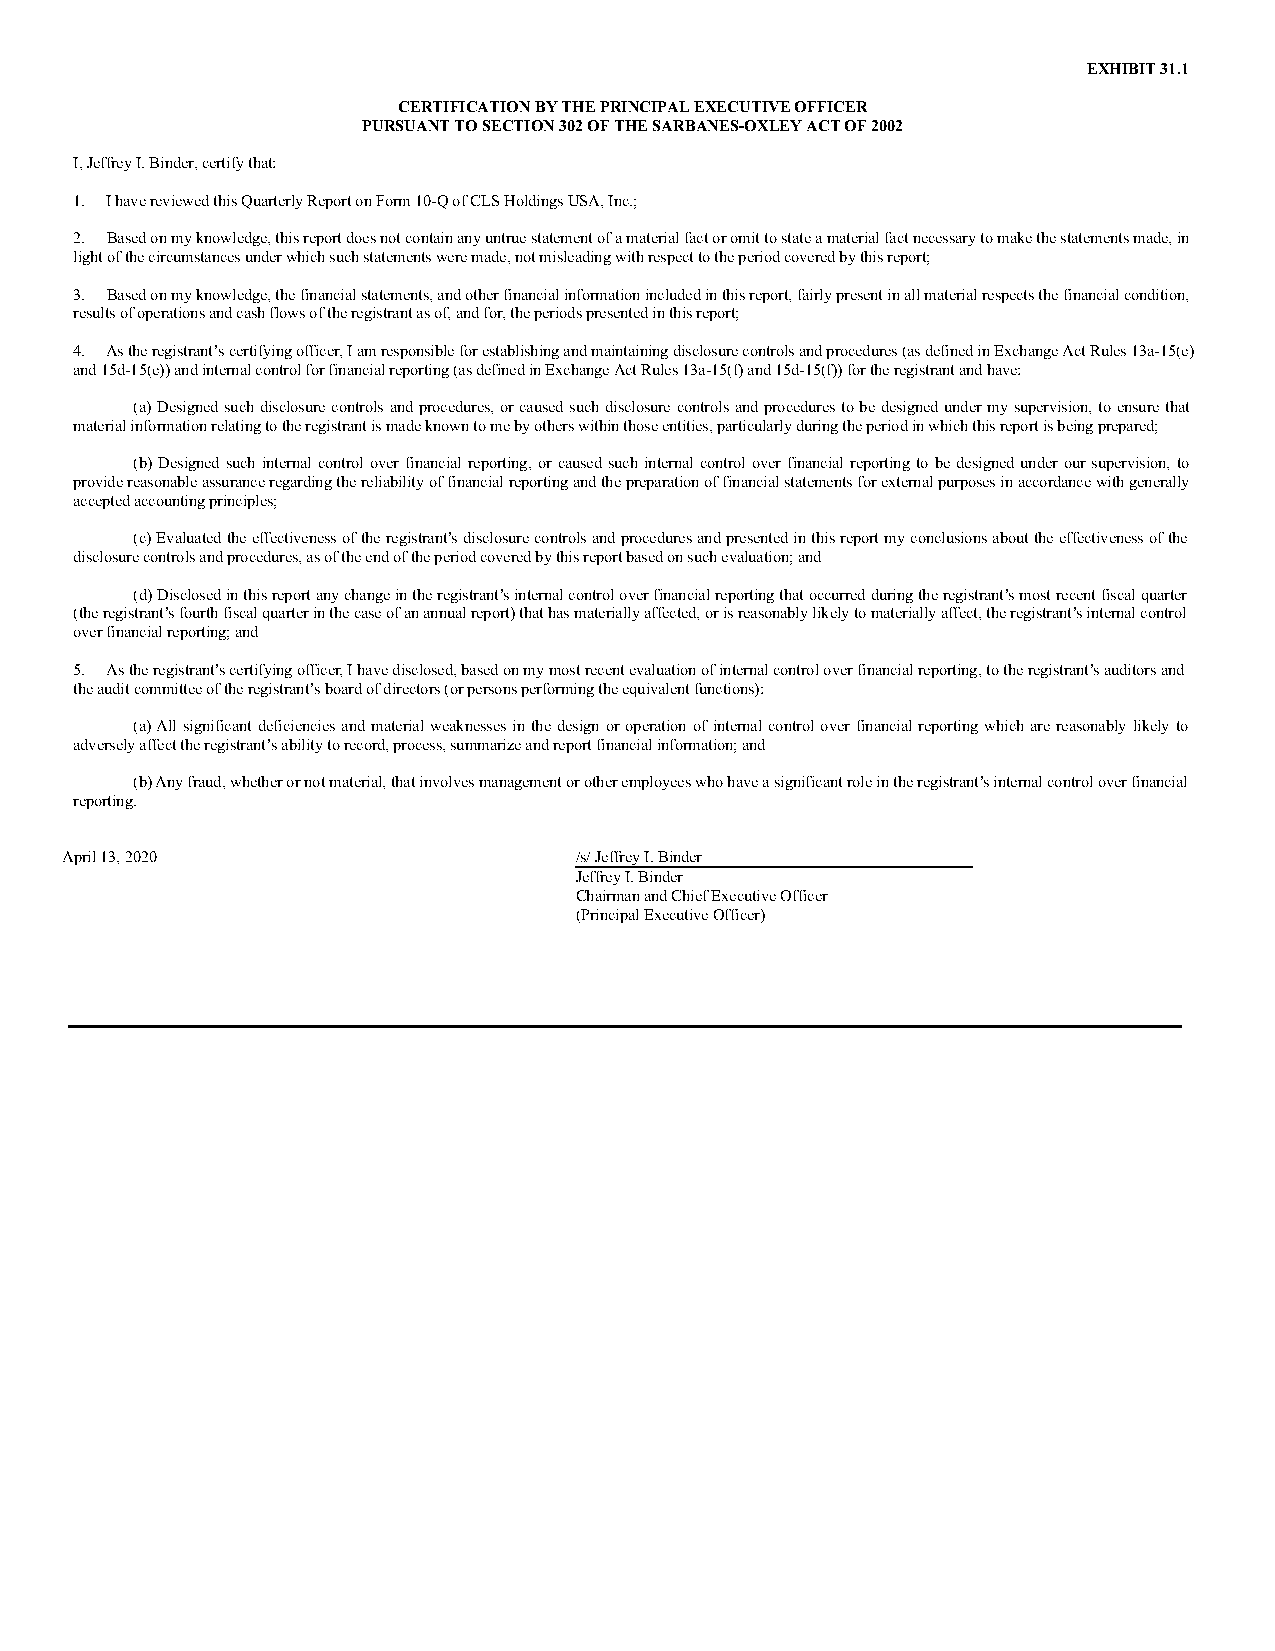
EXHIBIT 31.1
 CERTIFICATION BY THE PRINCIPAL EXECUTIVE OFFICER
 PURSUANT TO SECTION 302 OF THE SARBANES-OXLEY ACT OF 2002
 I, Jeffrey I. Binder, certify that:
 1. I have reviewed this Quarterly Report on Form 10-Q of CLS Holdings USA, Inc.;
 2. Based on my knowledge, this report does not contain any untrue statement of a material fact or omit to state a material fact necessary to make the statements made, in
 light of the circumstances under which such statements were made, not misleading with respect to the period covered by this report;
 3. Based on my knowledge, the financial statements, and other financial information included in this report, fairly present in all material respects the financial condition,
 results of operations and cash flows of the registrant as of, and for, the periods presented in this report;
 4. As the registrant’s certifying officer, I am responsible for establishing and maintaining disclosure controls and procedures (as defined in Exchange Act Rules 13a-15(e)
 and 15d-15(e)) and internal control for financial reporting (as defined in Exchange Act Rules 13a-15(f) and 15d-15(f)) for the registrant and have:
 (a) Designed such disclosure controls and procedures, or caused such disclosure controls and procedures to be designed under my supervision, to ensure that
 material information relating to the registrant is made known to me by others within those entities, particularly during the period in which this report is being prepared;
 (b) Designed such internal control over financial reporting, or caused such internal control over financial reporting to be designed under our supervision, to
 provide reasonable assurance regarding the reliability of financial reporting and the preparation of financial statements for external purposes in accordance with generally
 accepted accounting principles;
 (c) Evaluated the effectiveness of the registrant’s disclosure controls and procedures and presented in this report my conclusions about the effectiveness of the
 disclosure controls and procedures, as of the end of the period covered by this report based on such evaluation; and
 (d) Disclosed in this report any change in the registrant’s internal control over financial reporting that occurred during the registrant’s most recent fiscal quarter
 (the registrant’s fourth fiscal quarter in the case of an annual report) that has materially affected, or is reasonably likely to materially affect, the registrant’s internal control
 over financial reporting; and
 5. As the registrant’s certifying officer, I have disclosed, based on my most recent evaluation of internal control over financial reporting, to the registrant’s auditors and
 the audit committee of the registrant’s board of directors (or persons performing the equivalent functions):
 (a) All significant deficiencies and material weaknesses in the design or operation of internal control over financial reporting which are reasonably likely to
 adversely affect the registrant’s ability to record, process, summarize and report financial information; and
 (b) Any fraud, whether or not material, that involves management or other employees who have a significant role in the registrant’s internal control over financial
 reporting.
 April 13, 2020                    /s/ Jeffrey I. Binder
 Jeffrey I. Binder
 Chairman and Chief Executive Officer
 (Principal Executive Officer)